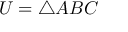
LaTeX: U = \triangle A B C